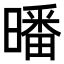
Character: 𣊩